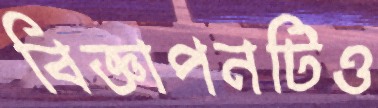
বিজ্ঞাপনটিও